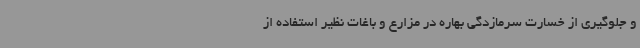
و جلوگیری از خسارت سرمازدگی بهاره در مزارع و باغات نظیر استفاده از